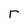
Character: r